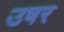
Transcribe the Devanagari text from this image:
उषर